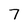
Character: 7